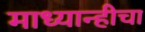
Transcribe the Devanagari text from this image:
माध्यान्हीचा